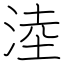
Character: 淕